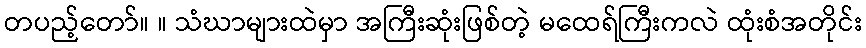
တပည့်တော်။ ။ သံဃာများထဲမှာ အကြီးဆုံးဖြစ်တဲ့ မထေရ်ကြီးကလဲ ထုံးစံအတိုင်း